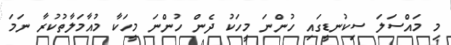
މި މައްސަލަ ސިކުނޑީގައި ހުންނަ މީހަކު ދެން ހުންނަ މީހަކާ މުއާމަލާތުކުރާ ނަމަ